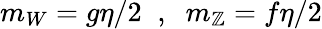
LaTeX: m_{W}=g\eta/2\; \; ,\; \; m_{\mathbb{Z}}=f\eta/2